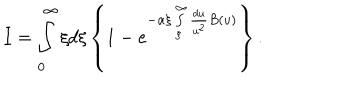
I = \int _ { 0 } ^ { \infty } \xi d \xi \left\{ 1 - e ^ { - \alpha \xi \int _ { \xi } ^ { \infty } \frac { d u } { u ^ { 2 } } B ( u ) } \right\} .